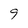
Character: 9